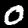
Digit: 0